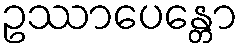
ဥဿာပေန္တော